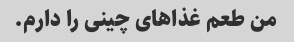
من طعم غذاهای چینی را دارم.